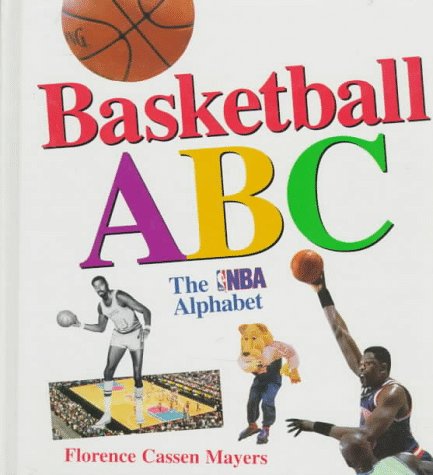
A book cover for Basketball ABC: The NBA Alphabet; Florence Cassen Mayers; Teen & Young Adult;